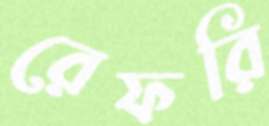
রেফরি